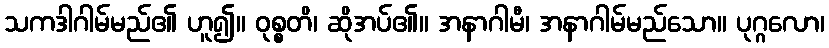
သကဒါဂါမ်မည်၏ ဟူ၍။ ဝုစ္စတိ၊ ဆိုအပ်၏။ အနာဂါမီ၊ အနာဂါမ်မည်သော။ ပုဂ္ဂလော၊